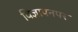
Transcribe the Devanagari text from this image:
विज्ञापनपर